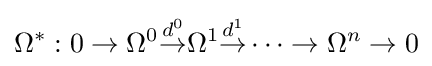
\Omega ^{*}:0\to \Omega ^{0}{\overset {d^{0}}{\to }}\Omega ^{1}{\overset {d^{1}}{\to }}\cdots \to \Omega ^{n}\to 0